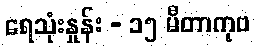
ရေသုံးနှုန်း - ၁၅ မီတာကုဗ